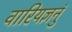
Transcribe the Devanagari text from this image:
वारियज्ञनुं